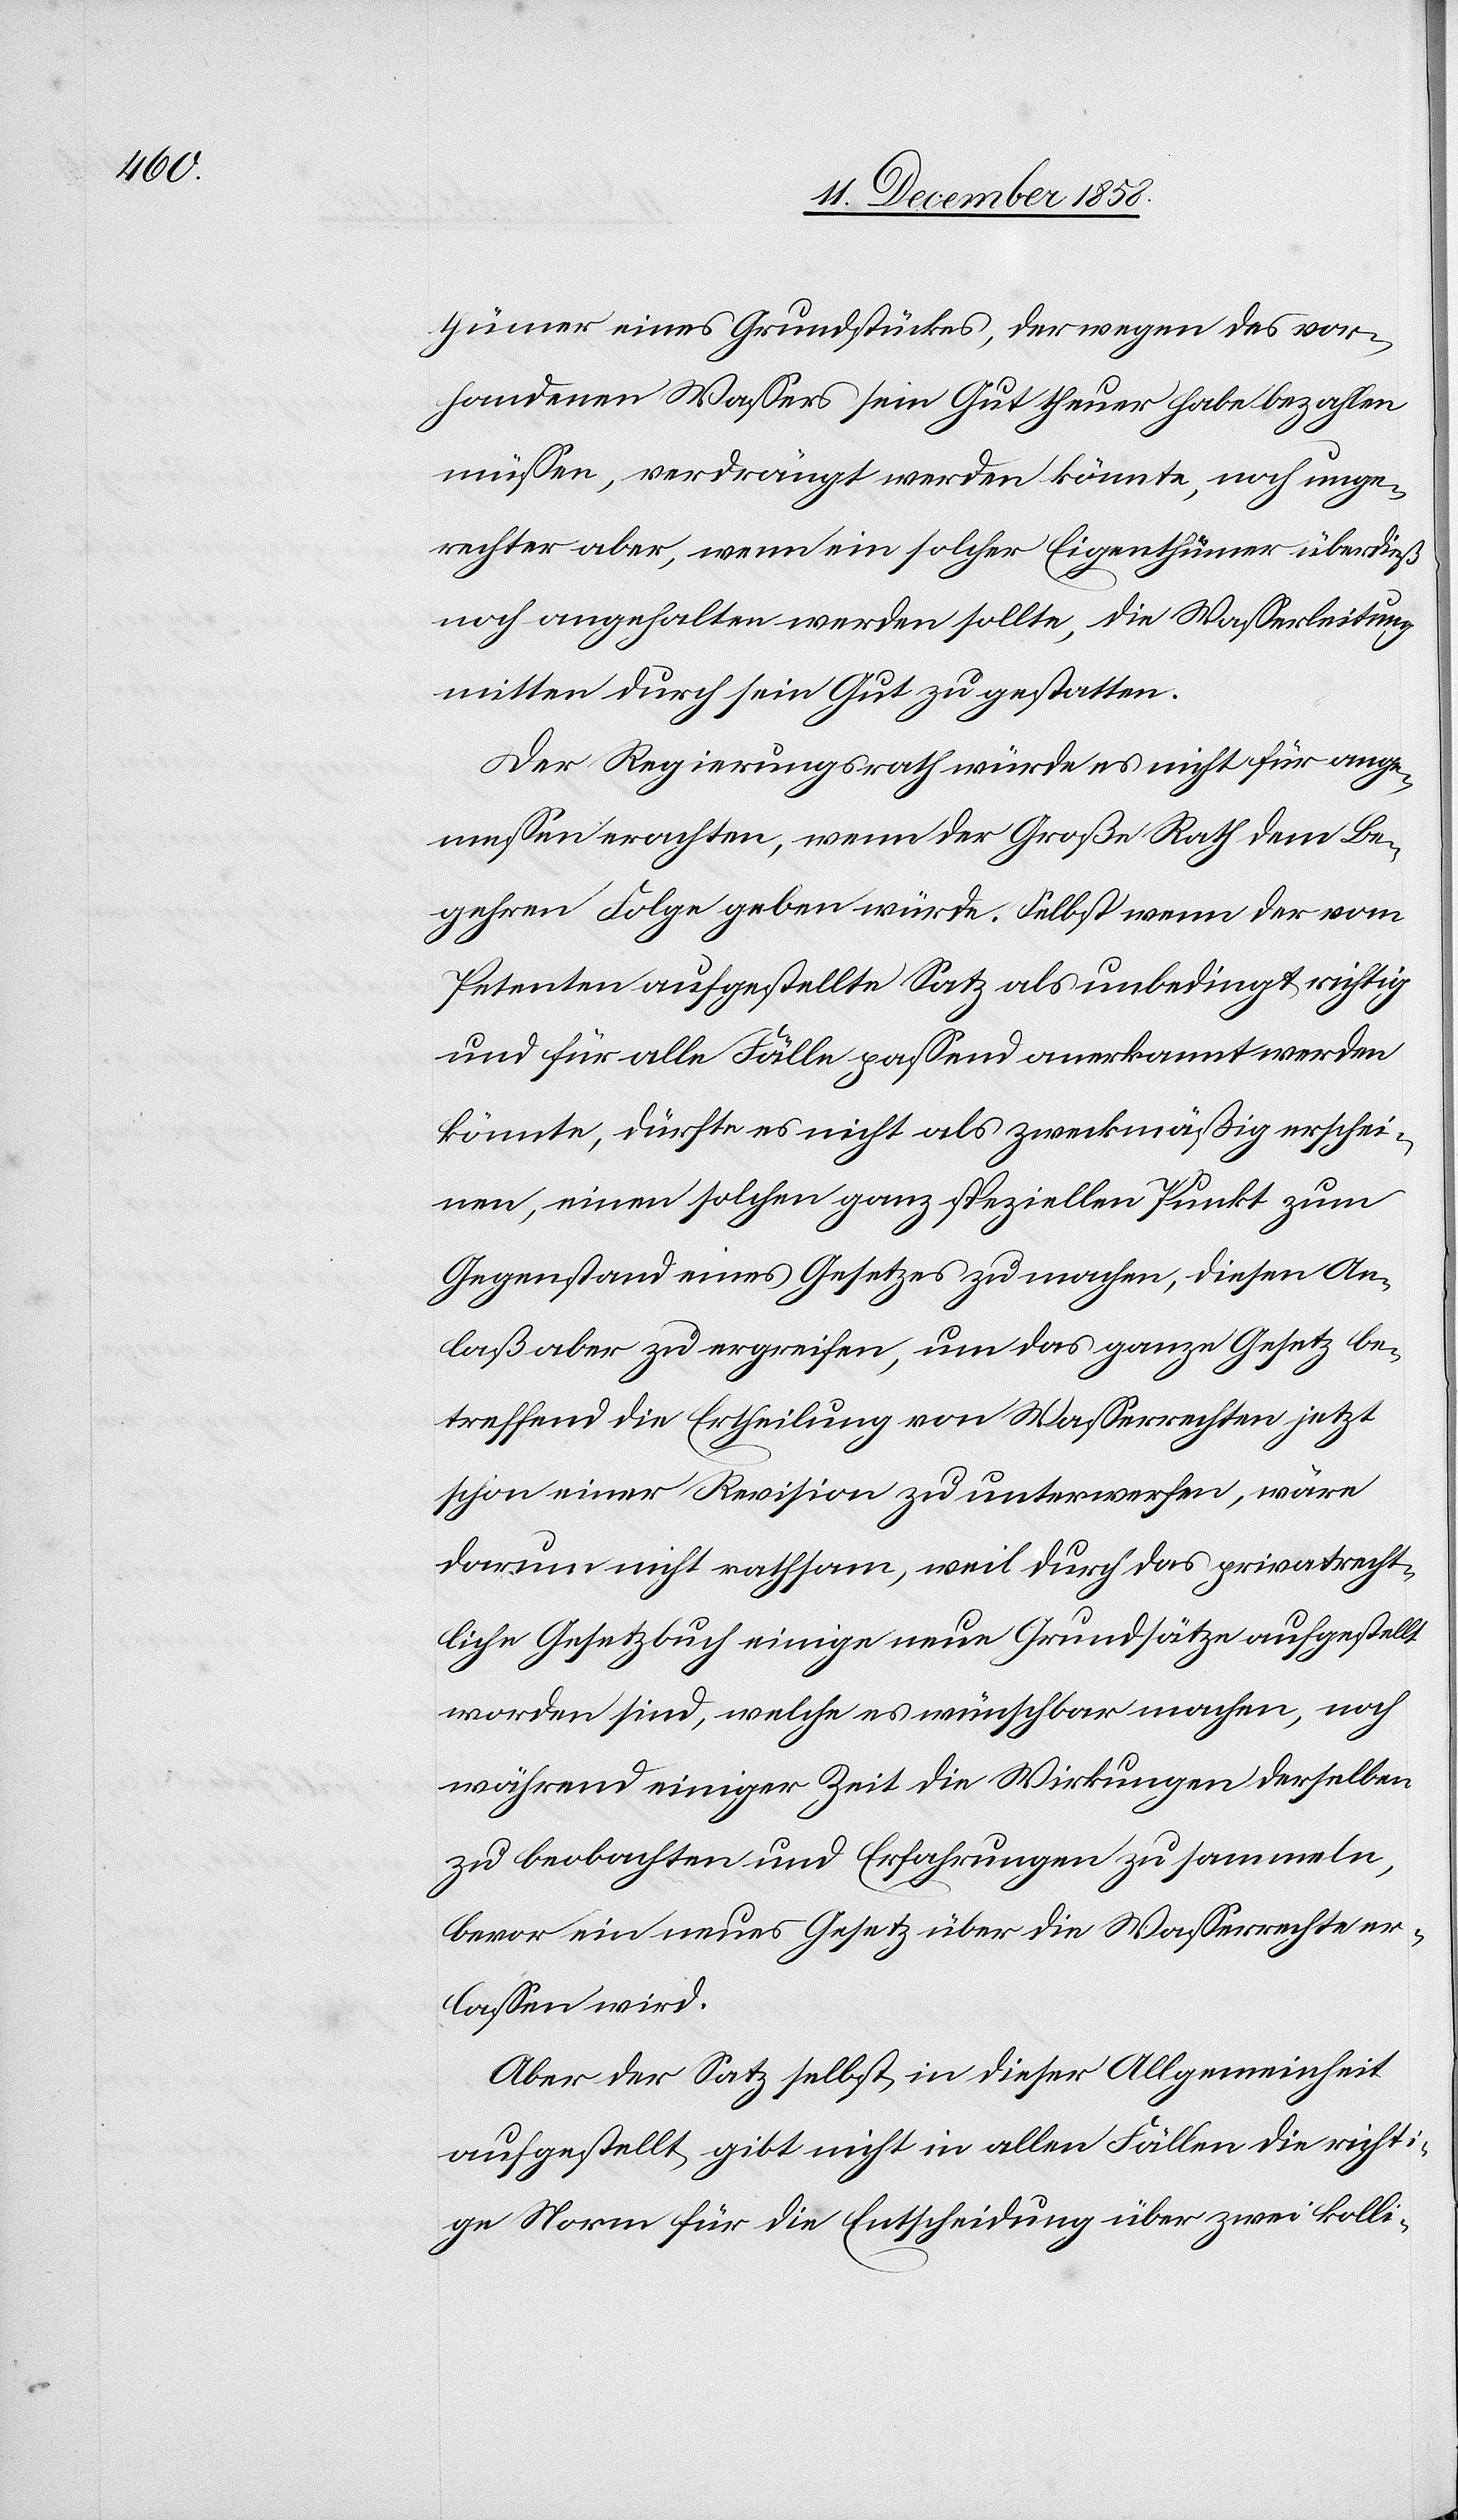
thümer eines Grundstückes, der wegen des vor¬
handenen Wassers sein Gut theuer habe bezahlen
müssen, verdrängt werden könnte, noch unge¬
rechter aber, wenn ein solcher Eigenthümer überdieß
noch angehalten werden sollte, die Wasserleitung
mitten durch sein Gut zu gestatten.
Der Regierungsrath würde es nicht für ange¬
messen erachten, wenn der Große Rath dem Be¬
gehren Folge geben würde. Selbst wenn der vom
Petenten aufgestellte Satz als unbedingt richtig
und für alle Fälle passend anerkannt werden
könnte, dürfte es nicht als zweckmäßig erschei¬
nen, einen solchen ganz speziellen Punkt zum
Gegenstand eines Gesetzes zu machen, diesen An¬
laß aber zu ergreifen, um das ganze Gesetz be¬
treffend die Ertheilung von Wasserrechten jetzt
schon einer Revision zu unterwerfen, wäre
darum nicht rathsam, weil durch das privatrecht¬
liche Gesetzbuch einige neue Grundsätze aufgestellt
worden sind, welche es wünschbar machen, noch
während einiger Zeit die Wirkungen derselben
zu beobachten und Erfahrungen zu sammeln,
bevor ein neues Gesetz über die Wasserrechte er¬
lassen wird.
Aber der Satz selbst, in dieser Allgemeinheit
aufgestellt, gibt nicht in allen Fällen die richti¬
ge Norm für die Entscheidung über zwei kolli-